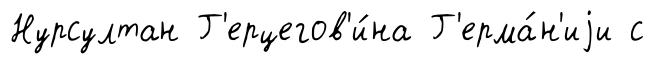
Нурсултан Г'ерцегов'и́на Г'ерма́н'иjи с